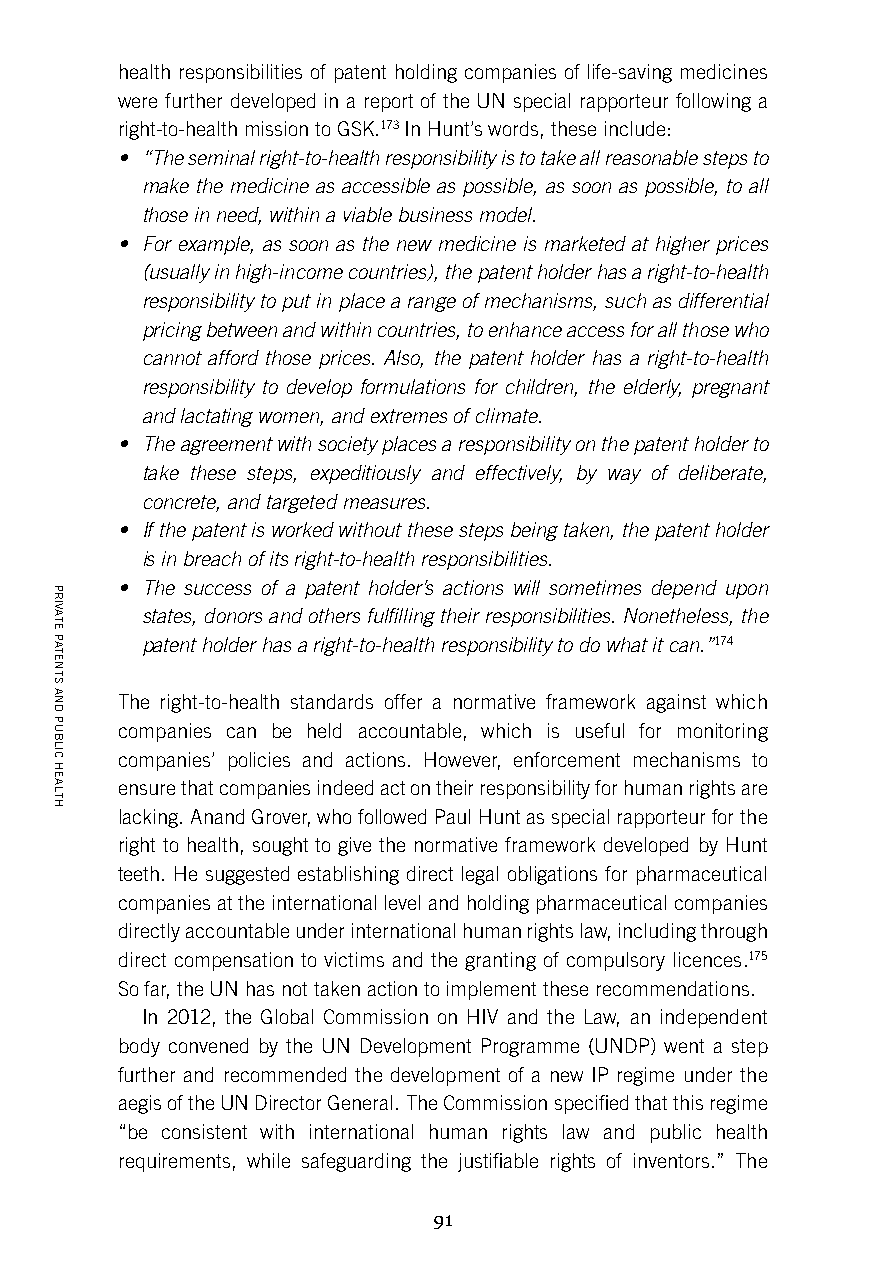
health responsibilities of patent holding companies of life-saving medicines
 were further developed in a report of the UN special rapporteur following a
 right-to-health mission to GSK.173 In Hunt’s words, these include:
 • “The seminal right-to-health responsibility is to take all reasonable steps to
 make the medicine as accessible as possible, as soon as possible, to all
 those in need, within a viable business model.
 • For example, as soon as the new medicine is marketed at higher prices
 (usually in high-income countries), the patent holder has a right-to-health
 responsibility to put in place a range of mechanisms, such as differential
 pricing between and within countries, to enhance access for all those who
 cannot afford those prices. Also, the patent holder has a right-to-health
 responsibility to develop formulations for children, the elderly, pregnant
 and lactating women, and extremes of climate.
 • The agreement with society places a responsibility on the patent holder to
 take these steps, expeditiously and effectively, by way of deliberate,
 concrete, and targeted measures.
 • If the patent is worked without these steps being taken, the patent holder
 is in breach of its right-to-health responsibilities.
 • The success of a patent holder’s actions will sometimes depend upon
 states, donors and others fulfilling their responsibilities. Nonetheless, the
 patent holder has a right-to-health responsibility to do what it can.”174
 The right-to-health standards offer a normative framework against which
 companies can be held accountable, which is useful for monitoring
 companies’ policies and actions. However, enforcement mechanisms to
 ensure that companies indeed act on their responsibility for human rights are
 lacking. Anand Grover, who followed Paul Hunt as special rapporteur for the
 right to health, sought to give the normative framework developed by Hunt
 teeth. He suggested establishing direct legal obligations for pharmaceutical
 companies at the international level and holding pharmaceutical companies
 directly accountable under international human rights law, including through
 direct compensation to victims and the granting of compulsory licences.175
 So far, the UN has not taken action to implement these recommendations.
 In 2012, the Global Commission on HIV and the Law, an independent
 body convened by the UN Development Programme (UNDP) went a step
 further and recommended the development of a new IP regime under the
 aegis of the UN Director General. The Commission specified that this regime
 “be consistent with international human rights law and public health
 requirements, while safeguarding the justifiable rights of inventors.” The
 91
 PRIVATE
 PATENTS
 AND
 PUBLIC
 HEALTH